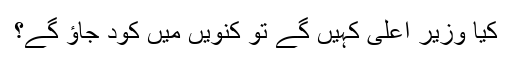
کیا وزیر اعلی کہیں گے تو کنویں میں کود جاؤ گے؟